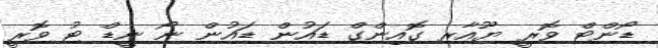
ޑޯންޓް ވޮރީ ޔޫއާރ ގޮއިންގް ޑައުން ޑައުން ނޯ ނީޑް ޓު ވޮރީ